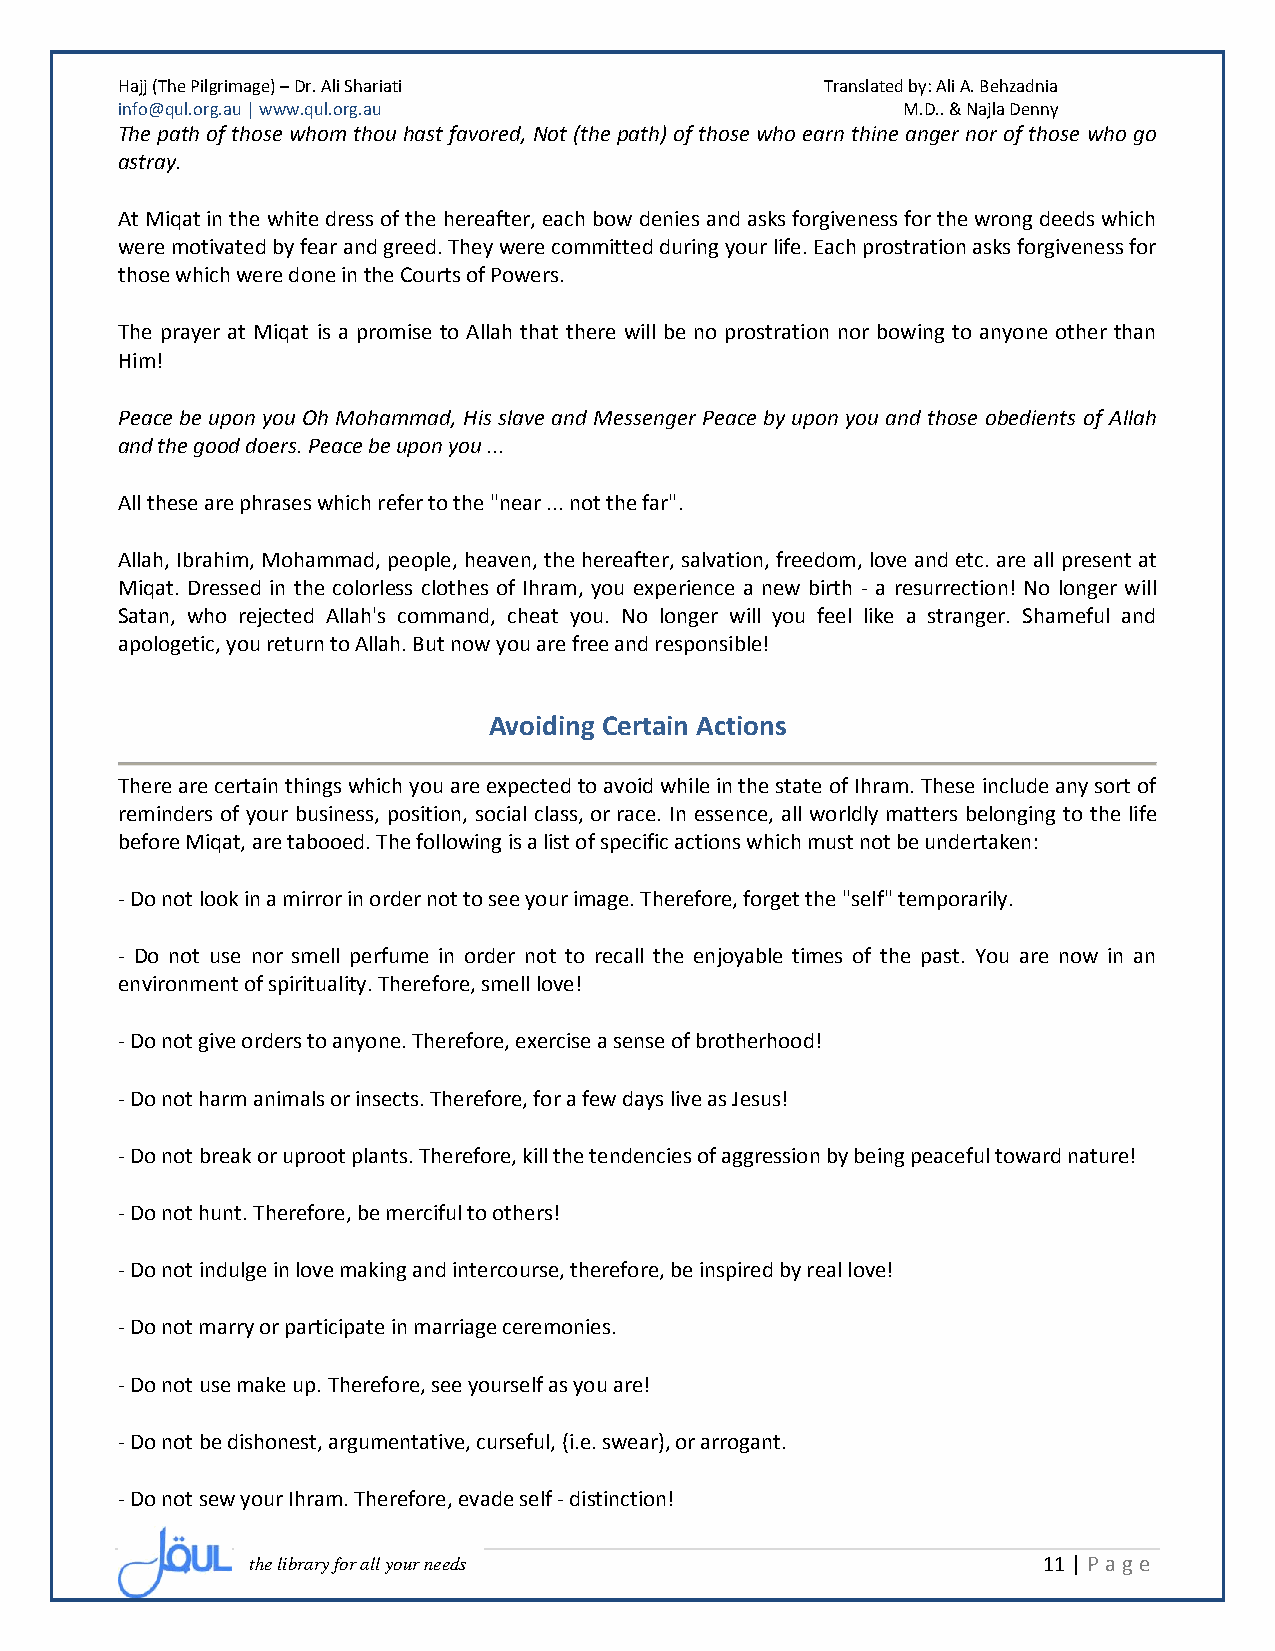
Hajj (The Pilgrimage) – Dr. Ali Shariati       Translated by: Ali A. Behzadnia
 info@qul.org.au | www.qul.org.au                    M.D.. & Najla Denny
 The path of those whom thou hast favored, Not (the path) of those who earn thine anger nor of those who go
 astray.
 At Miqat in the white dress of the hereafter, each bow denies and asks forgiveness for the wrong deeds which
 were motivated by fear and greed. They were committed during your life. Each prostration asks forgiveness for
 those which were done in the Courts of Powers.
 The prayer at Miqat is a promise to Allah that there will be no prostration nor bowing to anyone other than
 Him!
 Peace be upon you Oh Mohammad, His slave and Messenger Peace by upon you and those obedients of Allah
 and the good doers. Peace be upon you ...
 All these are phrases which refer to the "near ... not the far".
 Allah, Ibrahim, Mohammad, people, heaven, the hereafter, salvation, freedom, love and etc. are all present at
 Miqat. Dressed in the colorless clothes of Ihram, you experience a new birth - a resurrection! No longer will
 Satan, who rejected Allah's command, cheat you. No longer will you feel like a stranger. Shameful and
 apologetic, you return to Allah. But now you are free and responsible!
 Avoiding Certain Actions
 There are certain things which you are expected to avoid while in the state of Ihram. These include any sort of
 reminders of your business, position, social class, or race. In essence, all worldly matters belonging to the life
 before Miqat, are tabooed. The following is a list of specific actions which must not be undertaken:
 - Do not look in a mirror in order not to see your image. Therefore, forget the "self" temporarily.
 - Do not use nor smell perfume in order not to recall the enjoyable times of the past. You are now in an
 environment of spirituality. Therefore, smell love!
 - Do not give orders to anyone. Therefore, exercise a sense of brotherhood!
 - Do not harm animals or insects. Therefore, for a few days live as Jesus!
 - Do not break or uproot plants. Therefore, kill the tendencies of aggression by being peaceful toward nature!
 - Do not hunt. Therefore, be merciful to others!
 - Do not indulge in love making and intercourse, therefore, be inspired by real love!
 - Do not marry or participate in marriage ceremonies.
 - Do not use make up. Therefore, see yourself as you are!
 - Do not be dishonest, argumentative, curseful, (i.e. swear), or arrogant.
 - Do not sew your Ihram. Therefore, evade self - distinction!
 the library for all your needs                      11 | P age